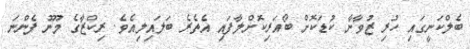
ބެލްކަނީގައި ހުރި ޒުވާނާ ކުޑަކޮށް ބޯއަރިކޮށްލާފައި އެތެރެ ބަލައިލިއެވެ. ރިކްޒާގެ މޫނު ފެންނަ